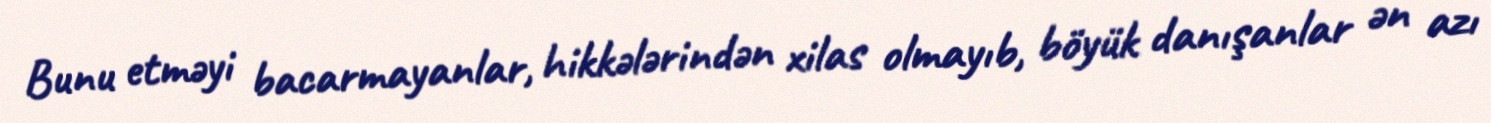
Bunu etməyi bacarmayanlar, hikkələrindən xilas olmayıb, böyük danışanlar ən azı